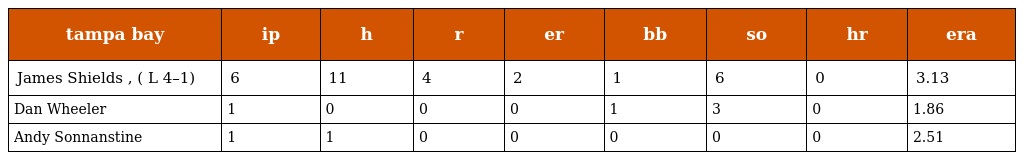
| tampa bay | ip | h | r | er | bb | so | hr | era |
 | --- | --- | --- | --- | --- | --- | --- | --- | --- |
 | James Shields , ( L 4–1) | 6 | 11 | 4 | 2 | 1 | 6 | 0 | 3.13 |
 | Dan Wheeler | 1 | 0 | 0 | 0 | 1 | 3 | 0 | 1.86 |
 | Andy Sonnanstine | 1 | 1 | 0 | 0 | 0 | 0 | 0 | 2.51 |